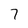
Character: 7